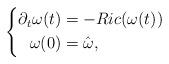
LaTeX: \begin{align*}\left\{\begin{aligned}\partial_t\omega(t)&=-Ric(\omega(t))\\\omega(0)&=\hat\omega,\end{aligned}\right.\end{align*}